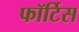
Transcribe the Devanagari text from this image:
फॉर्टिस